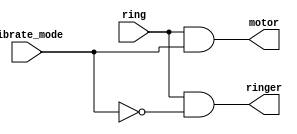
module top_module (
    input  ring,
    input  vibrate_mode,
    output ringer,        // Make sound
    output motor          // Vibrate
);

  // attempt 1
  // room for improvement: raw number present
  // assign ringer = vibrate_mode ? 1'b0 : ring;
  // assign motor  = vibrate_mode ? ring : 1'b0;

  assign ringer = ring & ~vibrate_mode;
  assign motor  = ring & vibrate_mode;

endmodule